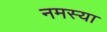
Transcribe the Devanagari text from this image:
नमस्या